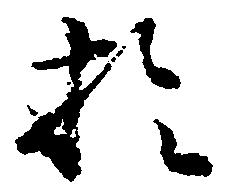
於